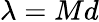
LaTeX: \lambda=Md